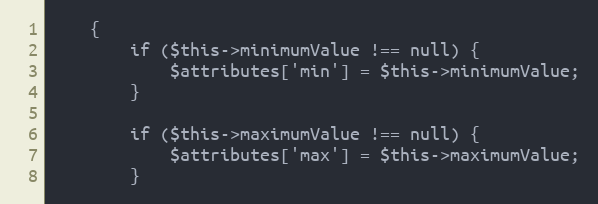
Language: PHP
    {
        if ($this->minimumValue !== null) {
            $attributes['min'] = $this->minimumValue;
        }

        if ($this->maximumValue !== null) {
            $attributes['max'] = $this->maximumValue;
        }